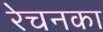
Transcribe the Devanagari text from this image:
रेचनका